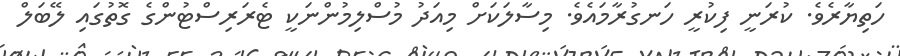
ހަތިޔާރެވެ. ކުރަނީ ފިކުރީ ހަނގުރާމައެވެ. މިސާލަކަށް މިއަދު މުސްލިމުންނަކީ ޓެރަރިސްޓުންގެ ގޮތުގައި ލޭބަލް